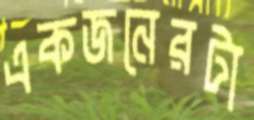
একজনেরটা